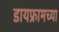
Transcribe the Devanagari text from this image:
डायफ्रामच्या